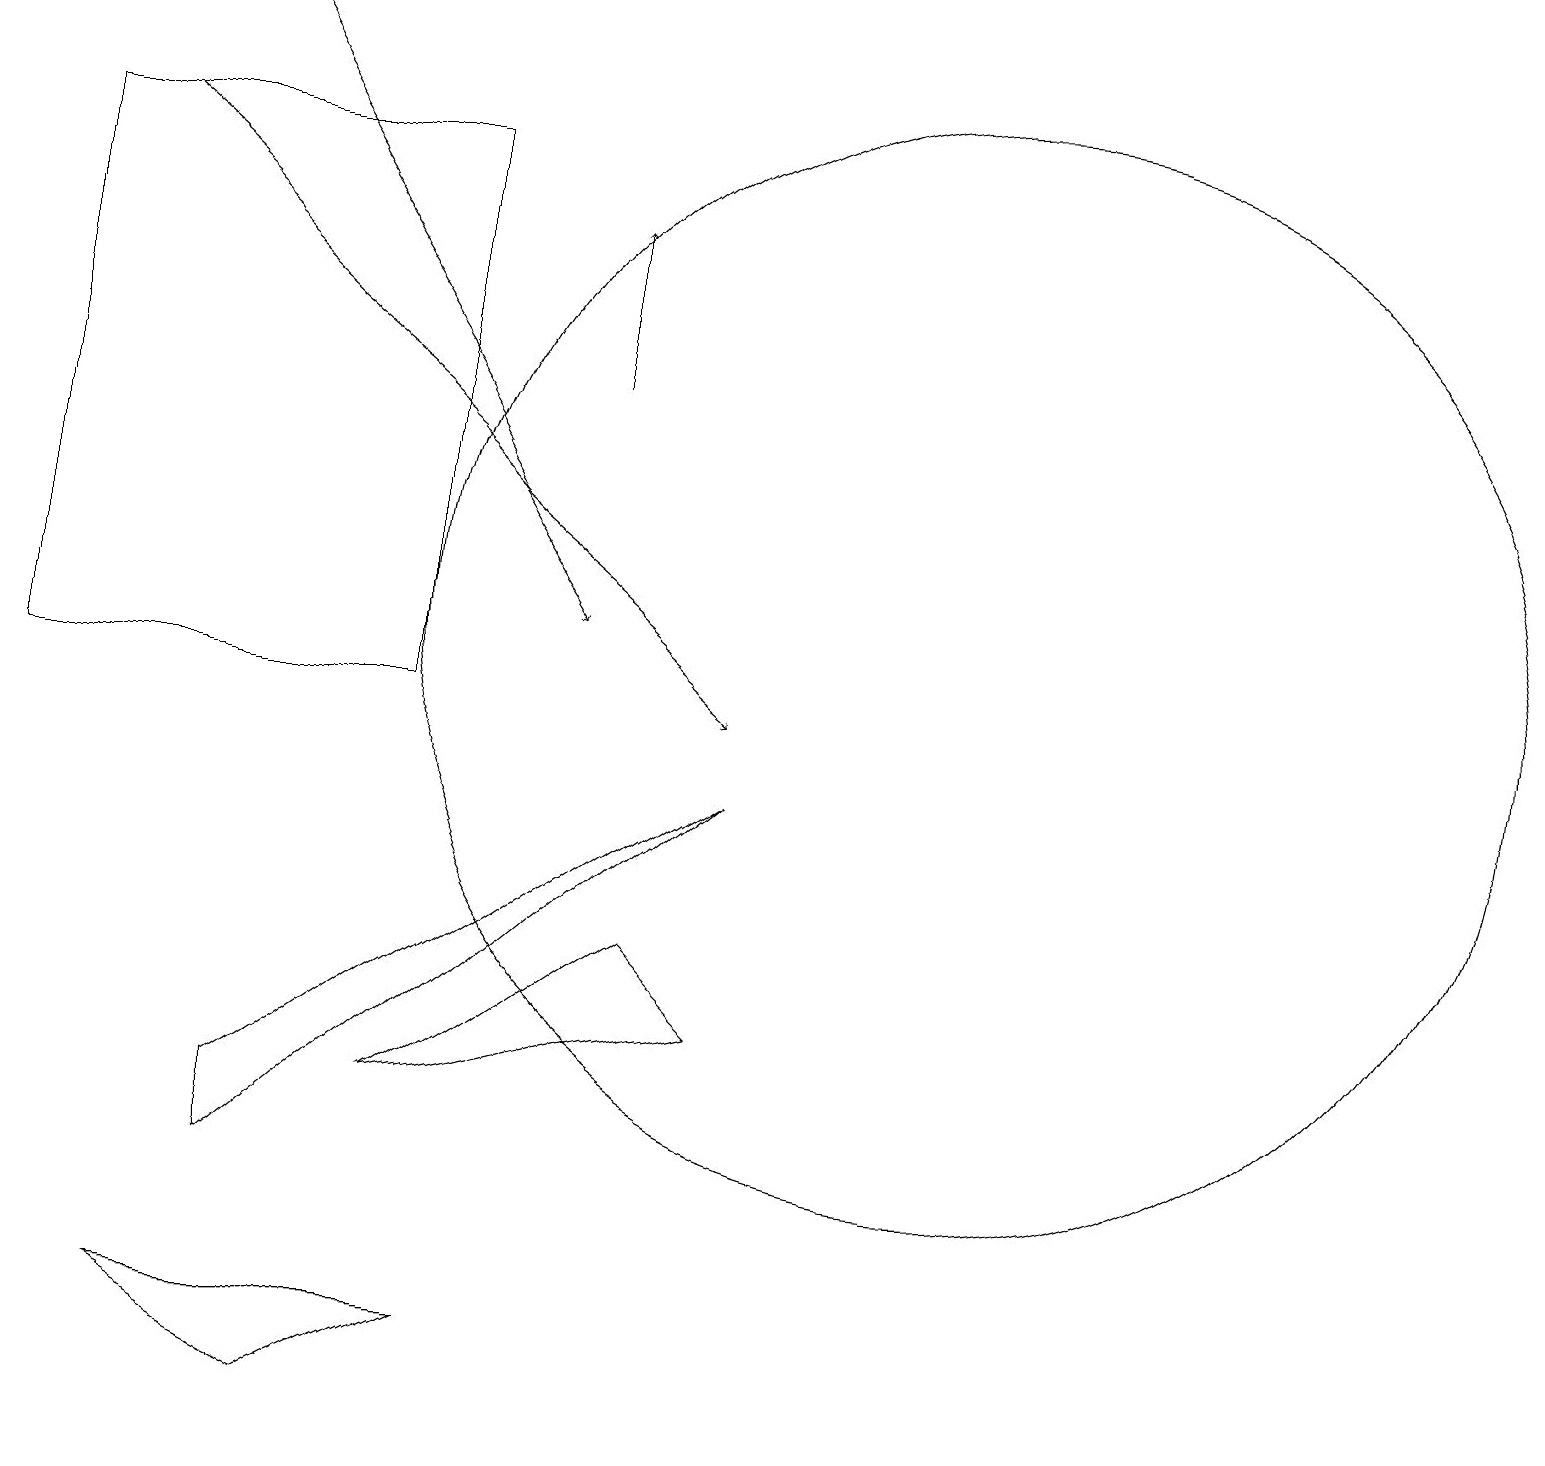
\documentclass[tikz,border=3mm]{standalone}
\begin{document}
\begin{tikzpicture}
\draw (2,2) -- (4,1) -- (6,2) -- cycle;
\draw (3,4) -- (3,5) -- (9,9) -- cycle;
\draw[->] (2,19) -- (7,11);
\draw[->] (7,14) -- (7,16);
\draw[->] (1,17) -- (9,10);
\draw (8,7) -- (9,6) -- (5,5) -- cycle;
\draw (12,11) circle (7);
\draw (5,17) rectangle (0,10);
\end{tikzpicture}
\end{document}